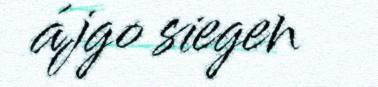
ájgo siegen